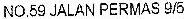
NO.59 JALAN PERMAS 9/5